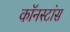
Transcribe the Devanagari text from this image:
कॉनस्टांस